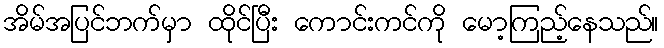
အိမ်အပြင်ဘက်မှာ ထိုင်ပြီး ကောင်းကင်ကို မော့ကြည့်နေသည်။